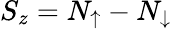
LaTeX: S_{z}=N_{\uparrow}-N_{\downarrow}